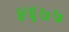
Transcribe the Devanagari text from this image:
४६७७